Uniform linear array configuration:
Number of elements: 64
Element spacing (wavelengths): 0.75
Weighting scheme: blackman
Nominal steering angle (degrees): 0
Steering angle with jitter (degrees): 1.705
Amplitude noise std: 0.05
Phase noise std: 0.05

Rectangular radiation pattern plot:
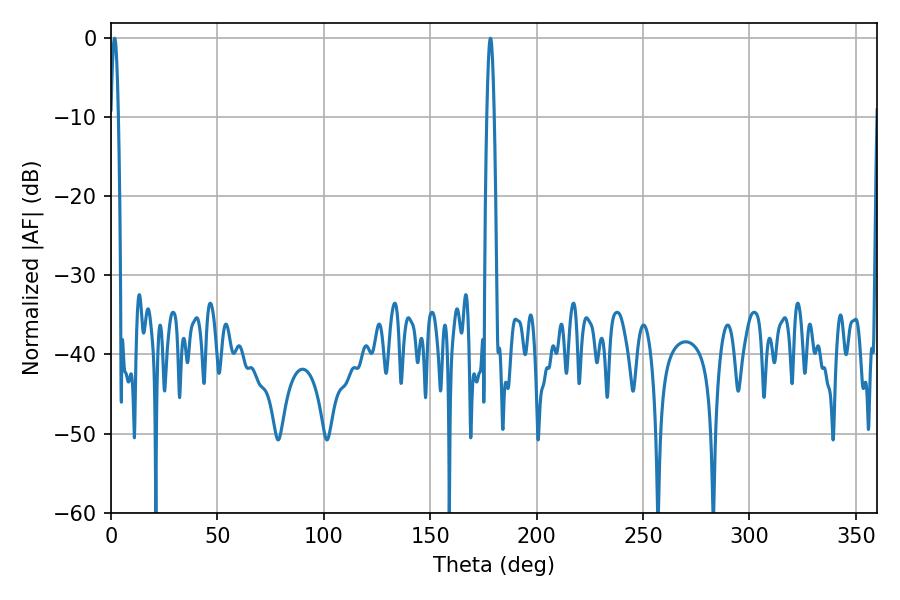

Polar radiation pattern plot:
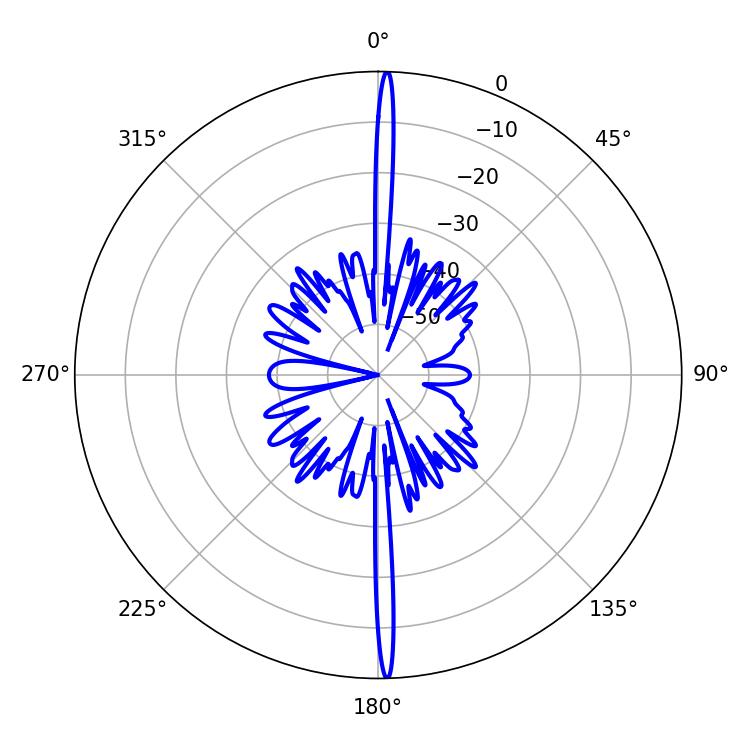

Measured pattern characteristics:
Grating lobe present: TRUE
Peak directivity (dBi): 29.761
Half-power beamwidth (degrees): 1.8
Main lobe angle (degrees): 178.38